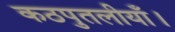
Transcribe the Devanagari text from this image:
कठपुतलीयाँ।